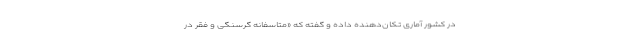
در کشور آماری تکان‌دهنده داده و گفته که «متاسفانه گرسنگی و فقر در